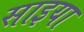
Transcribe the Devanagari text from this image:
साइया